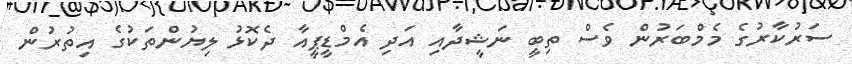
ސަރުކާރުގެ މެމްބަރުން ވެސް ތިބީ ނަޝީދާއި އަދި އެމްޑީޕީއާ ދެކޮޅު ލިޔުންތަކުގެ އިތުރުން